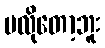
မလိုတော့ဘူး